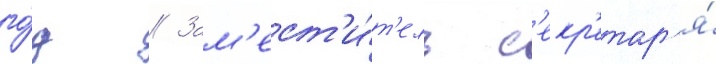
го́д // Зам'ест'и́т'ель с'екр'етар'я́